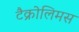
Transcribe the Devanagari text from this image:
टैक्रोलिमस